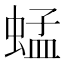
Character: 蜢